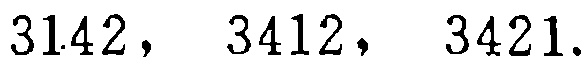
$3142,\ 3412,\ 3421.$